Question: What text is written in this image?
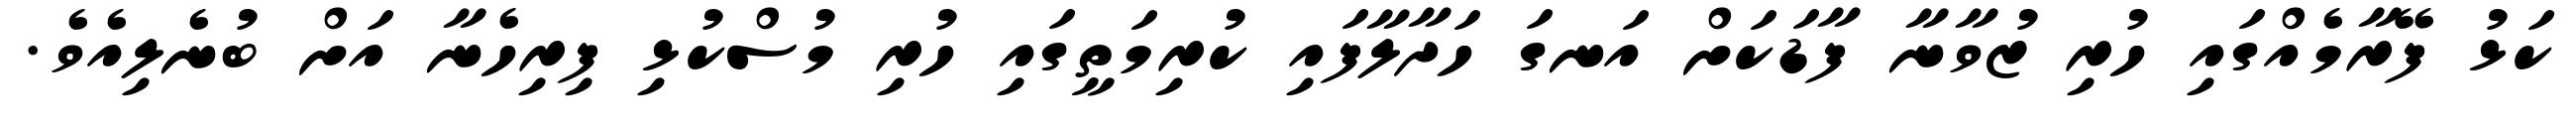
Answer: ކަޅު ފޭރާމެއްގައި ހުރި ޒުވާނާ ފާޑަކަށް އަނގަ ހަދާލާފައި ކުރިމަތީގައި ހުރި މުސްކުޅި ފިރިހެނާ އަށް ބުނެލިއެވެ.